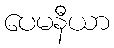
ပေမနီယာ